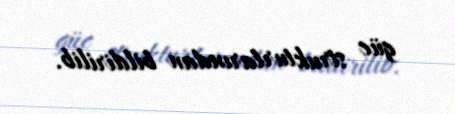
güc strukturlarından bildirilib.